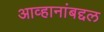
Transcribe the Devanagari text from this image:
आव्हानांबद्दल